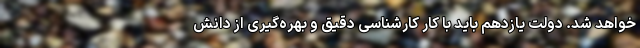
خواهد شد. دولت یازدهم باید با کار کارشناسیِ دقیق و بهره‌گیری از دانش